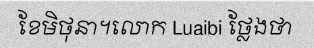
ខែមិថុនា។លោក Luaibi ថ្លែងថា